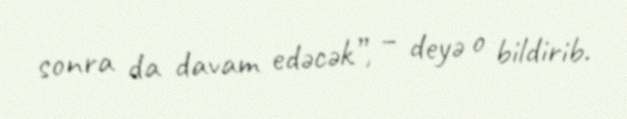
sonra da davam edəcək”, – deyə o bildirib.